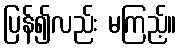
ပြန်၍လည်း မကြည့်။